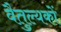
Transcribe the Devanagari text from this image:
वैतुल्यकों